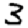
Digit: 3